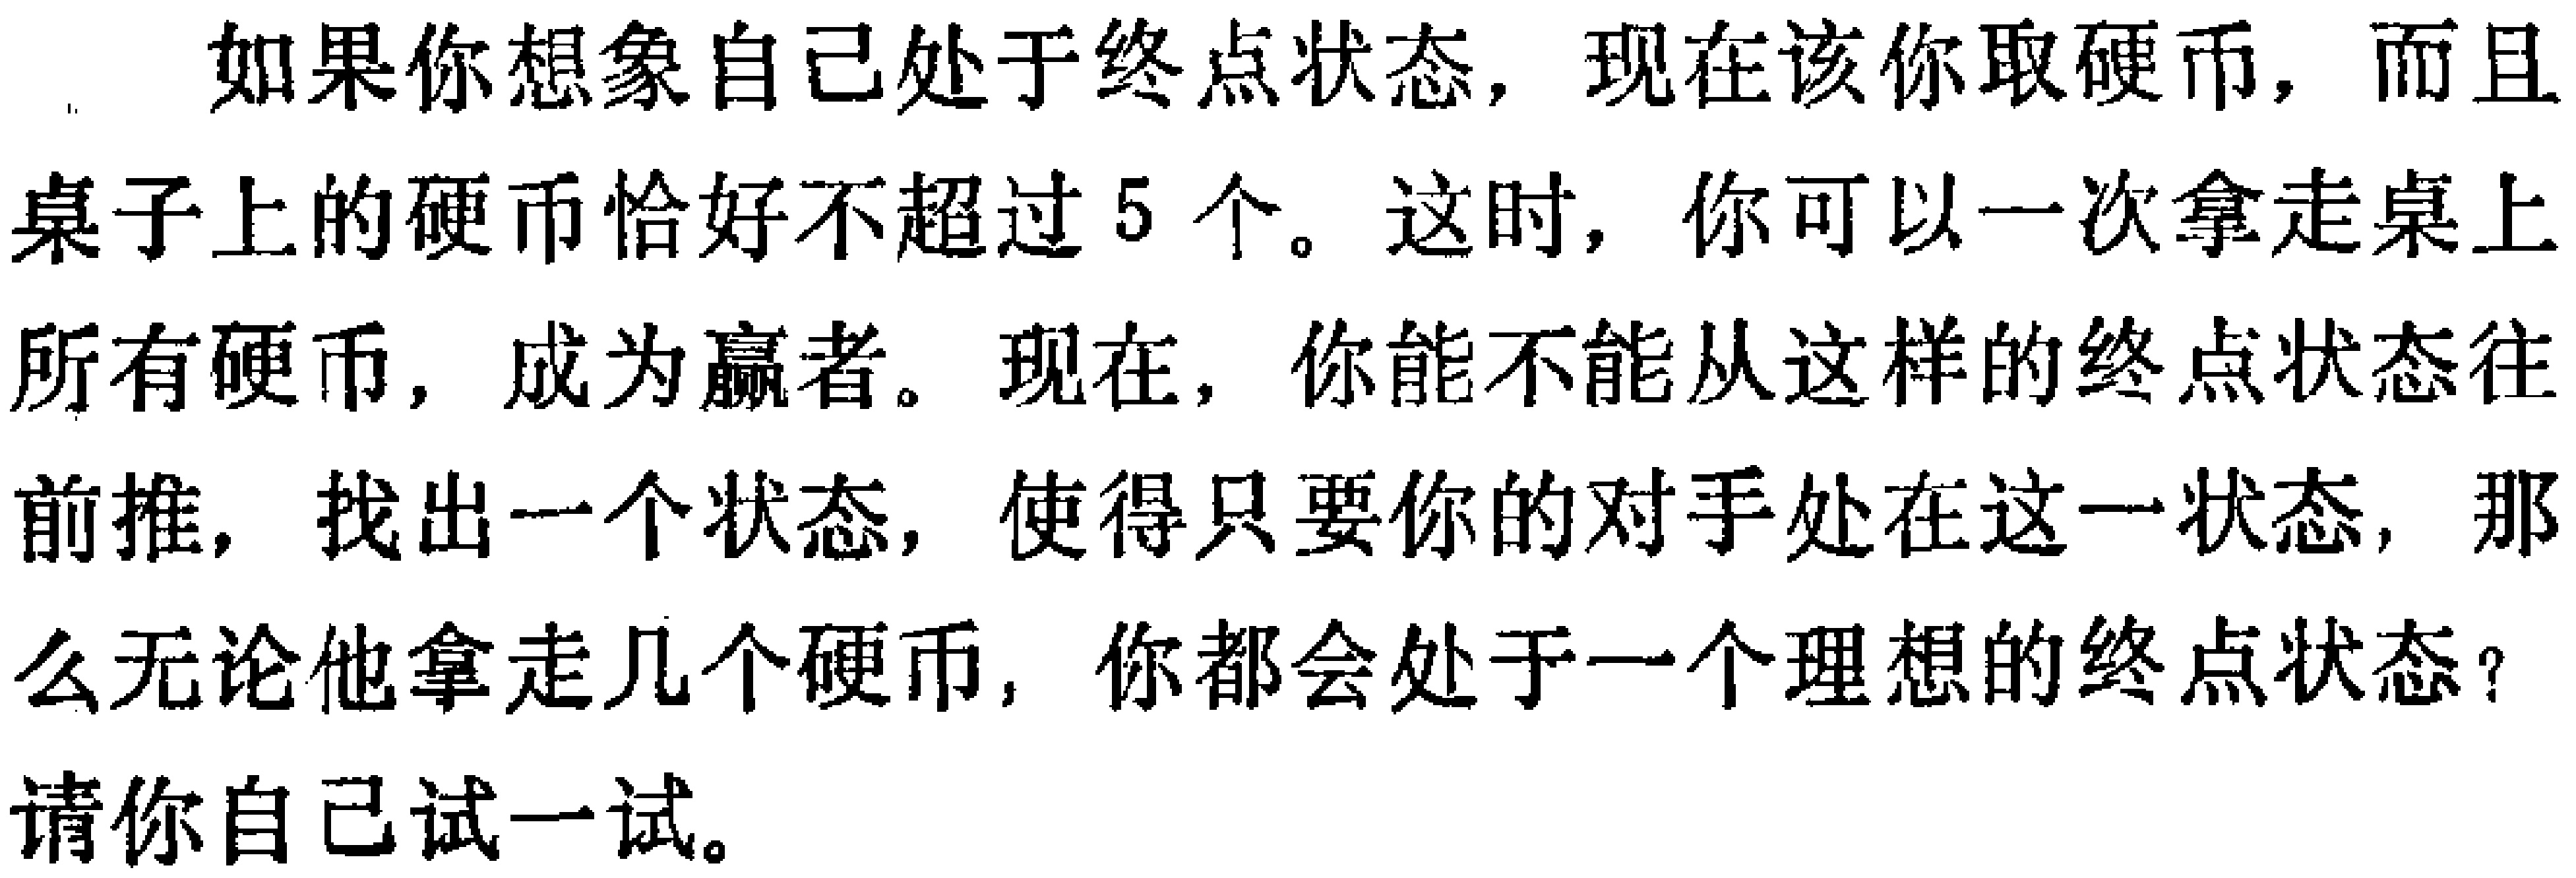
如果你想象自己处于终点状态，现在该你取硬币，而且桌子上的硬币恰好不超过5个。这时，你可以一次拿走桌上所有硬币，成为赢者。现在，你能不能从这样的终点状态往前推，找出一个状态，使得只要你的对手处在这一状态，那么无论他拿走几个硬币，你都会处于一个理想的终点状态？请你自己试一试。